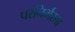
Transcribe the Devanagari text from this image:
परनिर्भरता